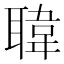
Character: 𦗇